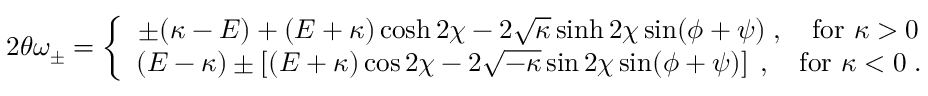
{ 2 \theta \omega _ { \pm } } = \left\{ \begin{array} { c } { { \pm ( \kappa - { \cal E } ) + ( { \cal E } + \kappa ) \cosh 2 \chi - 2 \sqrt { \kappa } \sinh 2 \chi \sin ( \phi + \psi ) \; , \quad \mathrm { f o r ~ } \kappa > 0 } } \\ { { ( { \cal E } - \kappa ) \pm \left[ ( { \cal E } + \kappa ) \cos 2 \chi - 2 \sqrt { - \kappa } \sin 2 \chi \sin ( \phi + \psi ) \right] \; , \quad \mathrm { f o r ~ } \kappa < 0 \; . } } \end{array} \right.